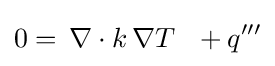
0=\,\nabla \cdot k\,\nabla T\ \ +q'''